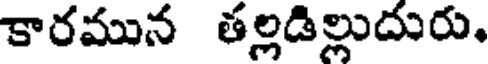
కారమున తల్లడిల్లుదురు.